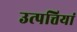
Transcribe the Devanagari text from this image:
उत्पत्तियां